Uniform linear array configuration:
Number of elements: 24
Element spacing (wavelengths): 0.25
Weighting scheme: kaiser
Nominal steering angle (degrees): -30
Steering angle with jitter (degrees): -31.361
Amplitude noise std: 0.05
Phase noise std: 0.05

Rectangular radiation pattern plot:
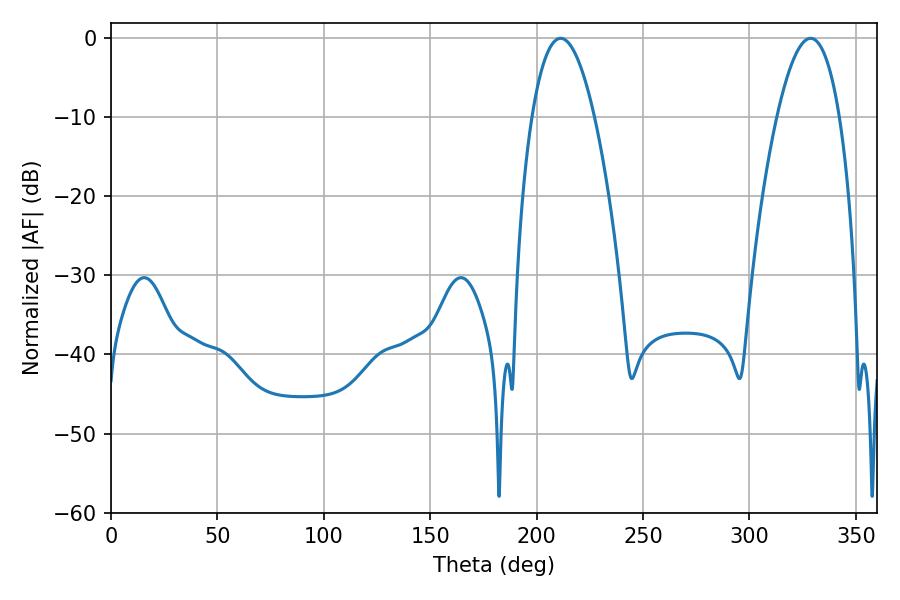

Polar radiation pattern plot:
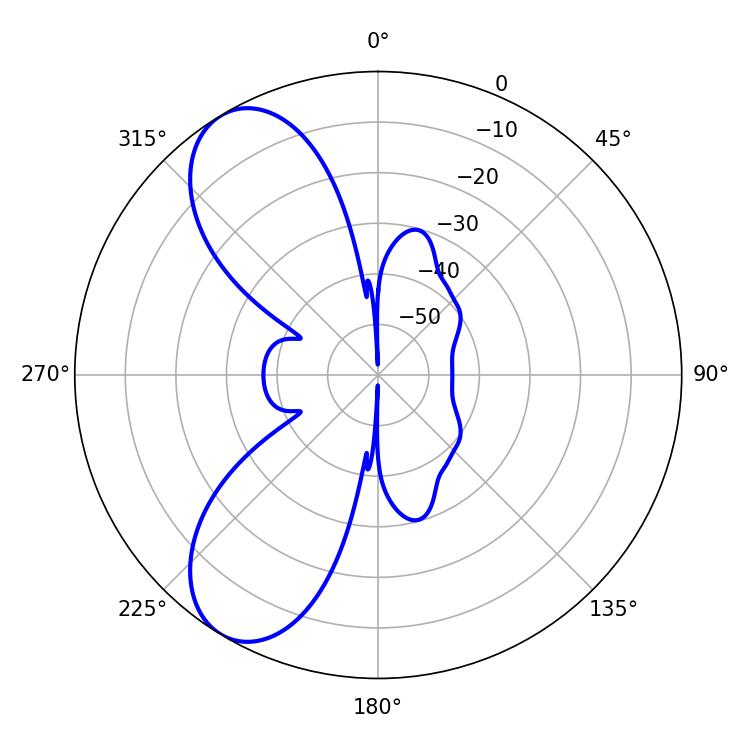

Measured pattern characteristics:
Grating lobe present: FALSE
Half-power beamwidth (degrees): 16.2
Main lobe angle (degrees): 211.32